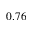
0 . 7 6